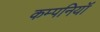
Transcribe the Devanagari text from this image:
कम्पनियॉं